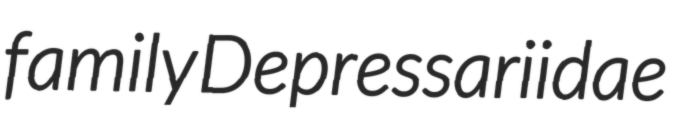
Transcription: family Depressariidae